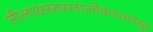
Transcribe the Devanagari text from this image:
लीलाक्षस्तरलालोकश्शटासुर